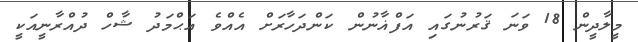
މީލާދީން 18 ވަނަ ޤަރުނުގައި އަފްޣާނުން ކަންދަހާރަށް އެއްވެ އަޙްމަދު ޝާހް ދުއްރާނީއަކީ